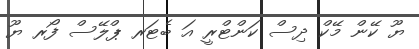
ޔޫ ކޭން މޭކް ދިސް ކަންޓްރީ އަ ބެޓަރ ޕްލޭސް ފޯރ ޔޫ